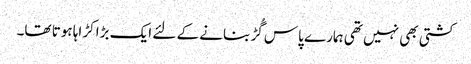
کشتی بھی نہیں تھی ہمارے پاس گُڑ بنانے کے لئے ایک بڑا کڑاہا ہوتا تھا۔